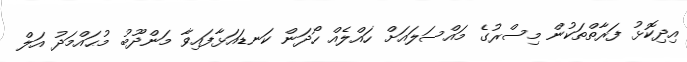
އިދިކޮޅު ފަރާތްތަކުން މިސްރުގެ މައްސަލައަށް ހައްލެއް ހޯދަން ކަނޑައަޅާފައިވާ މަންދޫބު މުޙައްމަދު އަލް